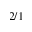
2 / 1